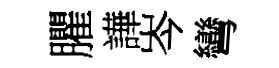
臞譁岑彎